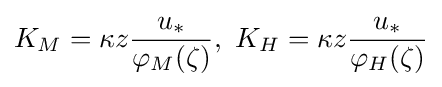
K_{M}=\kappa z{\dfrac {u_{*}}{\varphi _{M}(\zeta )}},\ K_{H}=\kappa z{\dfrac {u_{*}}{\varphi _{H}(\zeta )}}